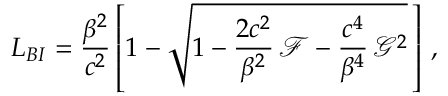
L _ { B I } = \frac { \beta ^ { 2 } } { c ^ { 2 } } \left[ 1 - \sqrt { 1 - \frac { 2 c ^ { 2 } } { \beta ^ { 2 } } \, \mathcal { F } - \frac { c ^ { 4 } } { \beta ^ { 4 } } \, \mathcal { G } ^ { 2 } } \, \right] \, ,